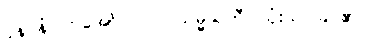
ပုနပ္ပနံ၊ တအော်လဲလဲ။ သမ္မသတီ၊ သုံးသပ်ခြင်၏။